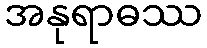
အနုရာဓဿ